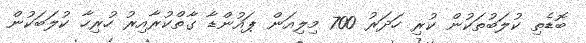
ބޮޑެތި ކުލަބުތަކުން ކުރި ހަދަރު 700 މިލިއަން ޕައުންޑާ ގާތްކުރާއިރު ހުރިހާ ކުލަބަކުން